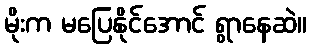
မိုးက မပြေနိုင်အောင် ရွာနေဆဲ။